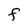
Character: F